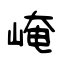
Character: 崦